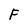
Character: F